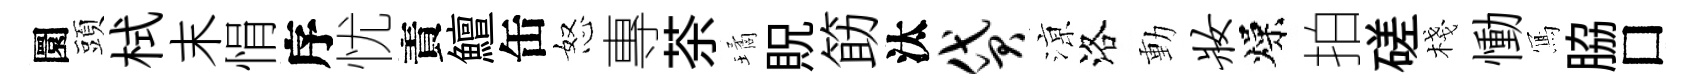
圜頭栻末悁序忧責鱣缶怒專茶璚貺筯汰贷鿌洛動妆燥拍磋棧慟𭂁脇□